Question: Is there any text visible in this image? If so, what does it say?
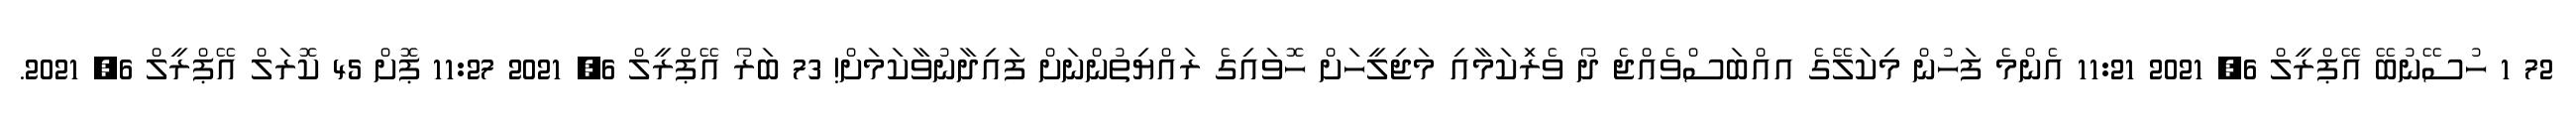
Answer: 72 1 ހުސޭނުބޭ އޭޕްރީލް 6, 2021 11:21 އެންމެ ފަހުން މިކަލޭގެ އއްބަސްވެއްޖެ ދޯ ވެރިަކަމާއި މަޖިލީހަށް ހޮވައިގެ ރައްޔިތުންނަށް ފައިދާނުވާކަމަށް! 73 ބަރޯ އޭޕްރީލް 6, 2021 11:27 ޕޮށް 45 ކޮރަލް އޭޕްރީލް 6, 2021.